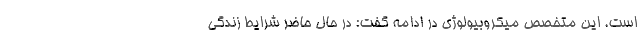
است. این متخصص میکروبیولوژی در ادامه گفت: در حال حاضر شرایط زندگی